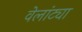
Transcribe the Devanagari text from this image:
वेलांट्या